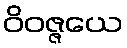
ဝိဝဇ္ဇယေ